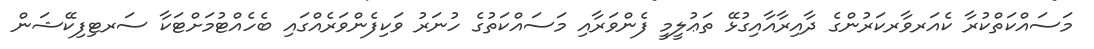
މަސައްކަތްކުރާ ކެއަރވާރކަރުންގެ ދާއިރާއާއިގުޅޭ ތަޢުލީމީ ފެންވަރާއި މަސައްކަތުގެ ހުނަރު ވަކިފެންވަރެއްގައި ބެހެއްޓުމަށްޓަކާ ސަރޓިފިކޭޝަން